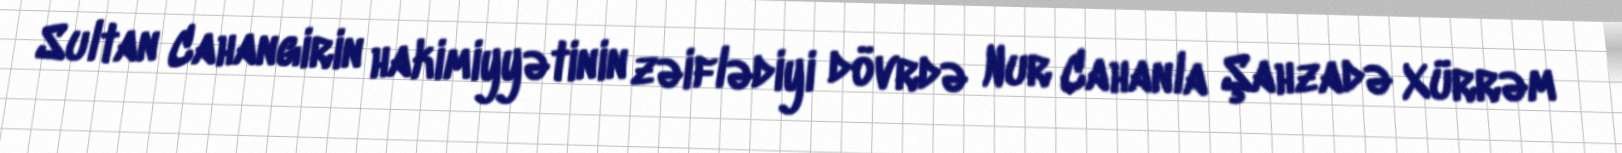
Sultan Cahangirin hakimiyyətinin zəiflədiyi dövrdə Nur Cahanla Şahzadə Xürrəm